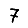
Digit: 7